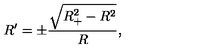
R ^ { \prime } = \pm \frac { \sqrt { R _ { + } ^ { 2 } - R ^ { 2 } } } { R } ,